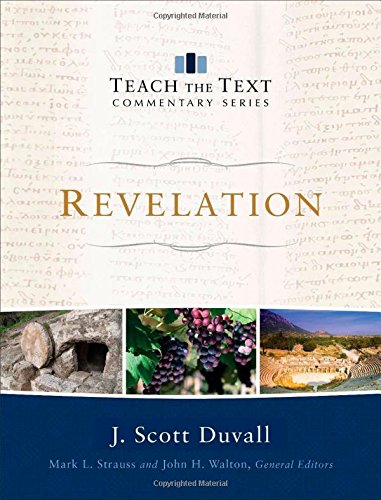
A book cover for Revelation (Teach the Text Commentary Series); J. Scott Duvall; Christian Books & Bibles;